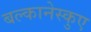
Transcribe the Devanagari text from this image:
बल्कानेस्कुए